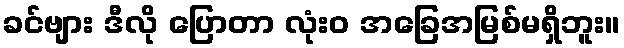
ခင်ဗျား ဒီလို ပြောတာ လုံးဝ အခြေအမြစ်မရှိဘူး။